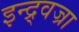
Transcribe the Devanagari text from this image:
इन्द्र्वज्रा